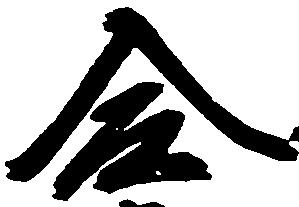
合